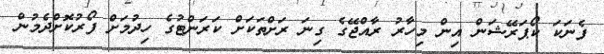
ފެނަކަ ކޯޕަރޭޝަން އިން މިހާރު ރާއްޖޭގެ ގިނަ ރަށްތަކަށް ކަރަންޓުގެ ހިދުމަށް ފޯރުކޮށްދެމުން